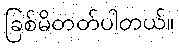
ခြစ်မိတတ်ပါတယ်။